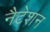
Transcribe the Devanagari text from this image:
नैटेशन